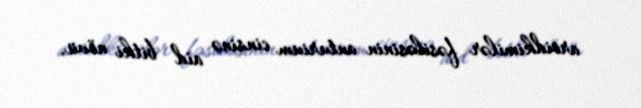
aroidkimilər fəsiləsinin anturium cinsinə aid bitki növü.